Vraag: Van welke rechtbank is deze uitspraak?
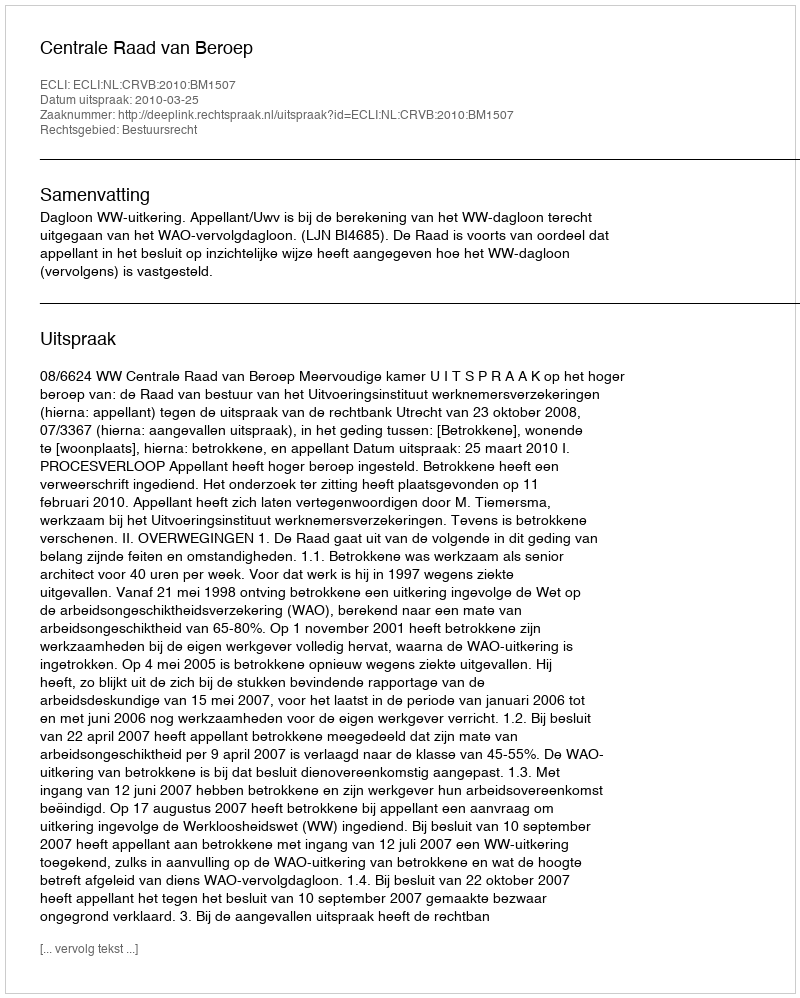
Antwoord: Centrale Raad van Beroep